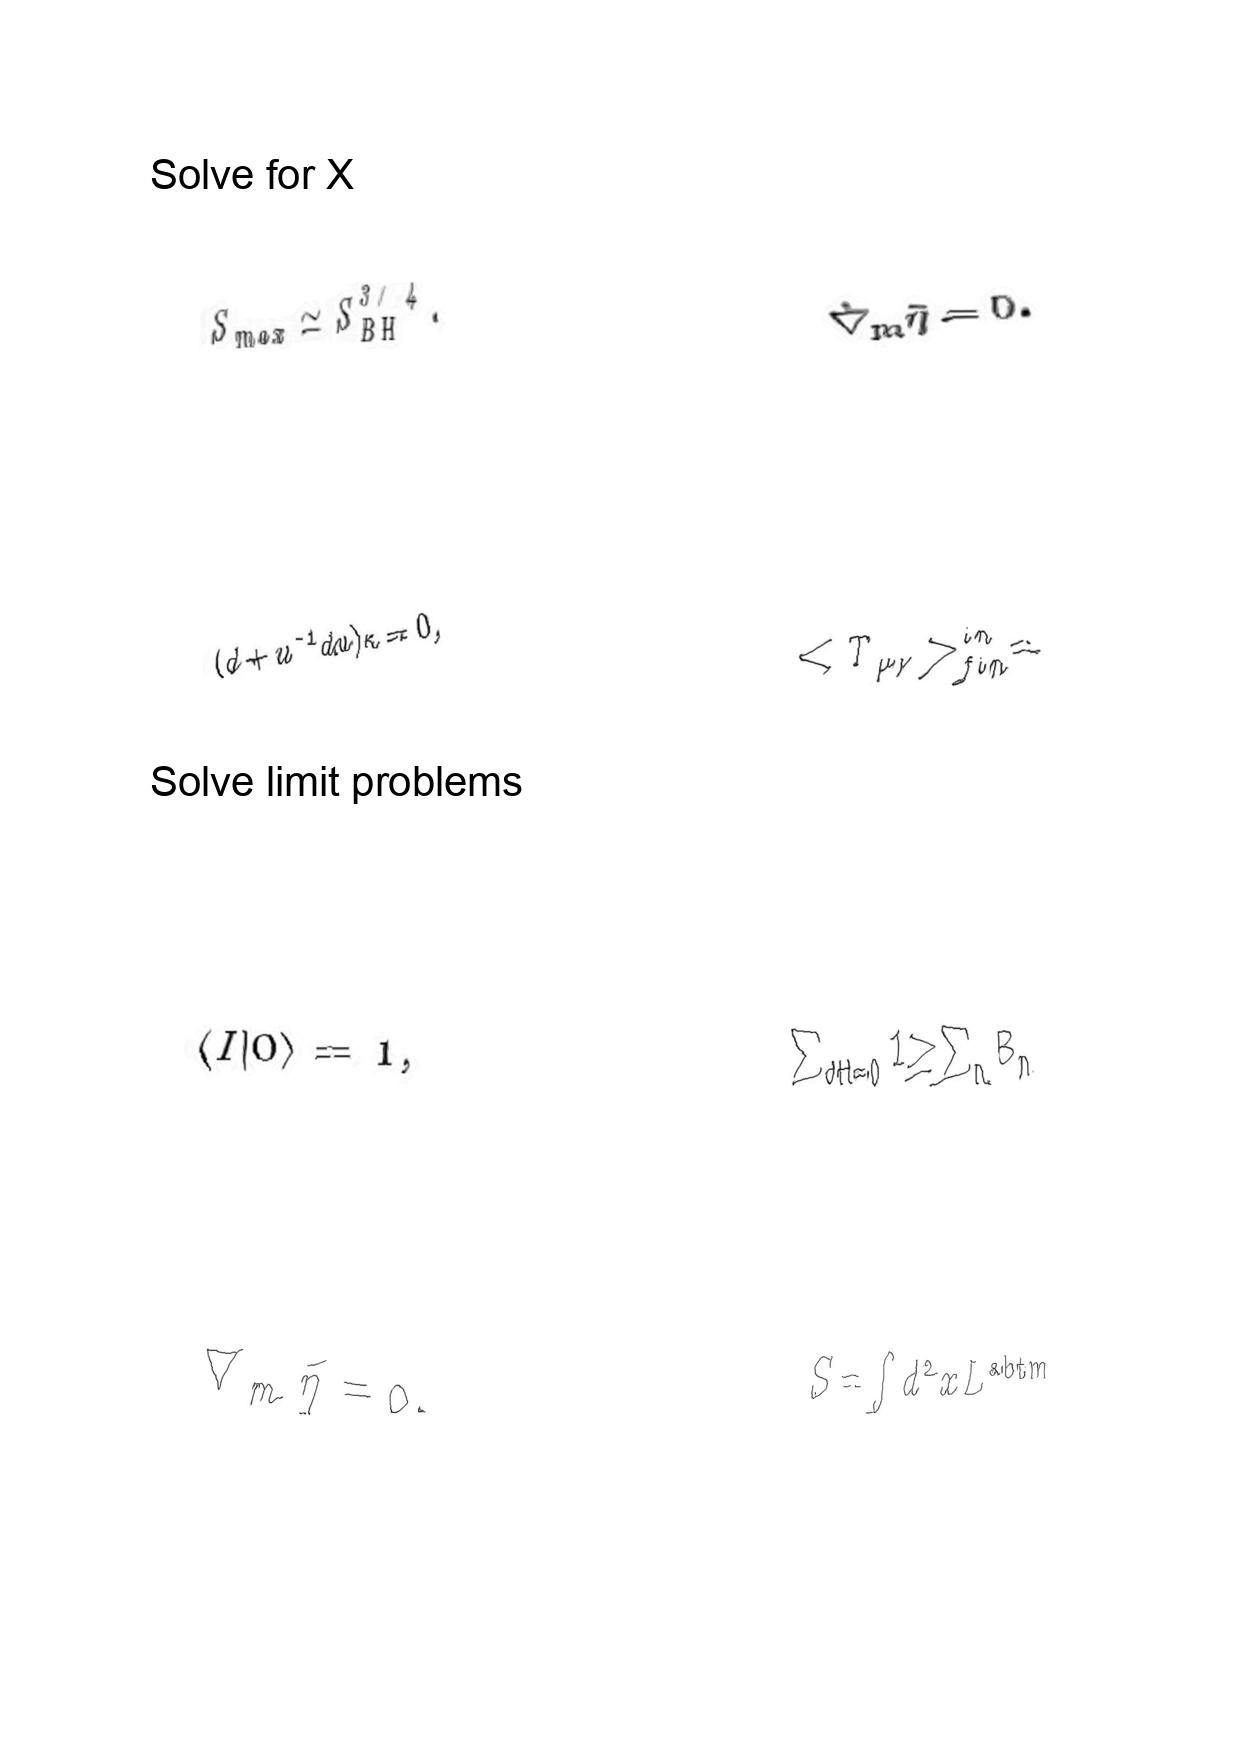
LaTeX transcription:
S _ { m a x } \simeq S _ { B H } ^ { 3 / 4 } .
\lparen d + u ^ { - 1 } d u \rparen \kappa = 0 ,
\langle I \vert 0 \rangle = 1 ,
\hat { \nabla } _ { m } \tilde { \eta } = 0 .
\hat { \nabla } _ { m } \tilde { \eta } = 0 .
\lt T _ { \mu \nu } \gt _ { f i n } ^ { i n } =
\sum _ { d H = 0 } 1 \geq \sum _ { n } B _ { n }
S = \int d ^ { 2 } x L ^ { \mathrm { a b t m } }